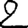
Digit: 2